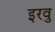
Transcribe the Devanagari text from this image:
इरवु